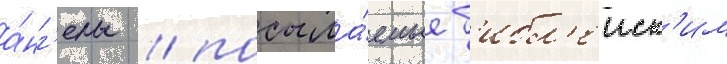
а́нг'елы / посыла́емые б'ибл'еиск'им